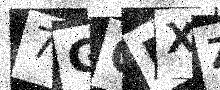
Text: 7GOFXZ